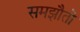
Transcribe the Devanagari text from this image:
समझौतो